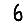
Digit: 6